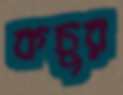
কচুর